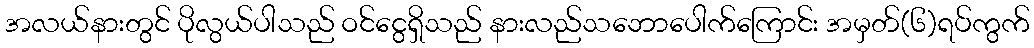
အလယ်နားတွင် ပိုလွယ်ပါသည် ဝင်ငွေရှိသည် နားလည်သဘောပေါက်ကြောင်း အမှတ်(၆)ရပ်ကွက်